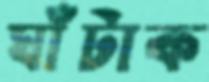
ঘাঁটাক